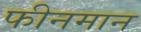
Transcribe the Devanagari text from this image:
फीनमान